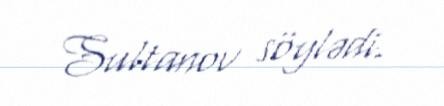
Sultanov söylədi.